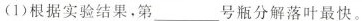
(1)根据实验结果。第___号瓶分解落叶最快。